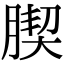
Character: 𦝜